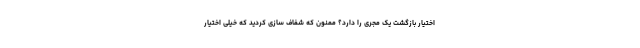
اختیار بازگشت یک مجری را دارد؟ ممنون که شفاف سازی کردید که خیلی اختیار